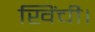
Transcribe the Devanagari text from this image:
खिंची।